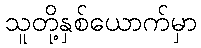
သူတို့နှစ်ယောက်မှာ